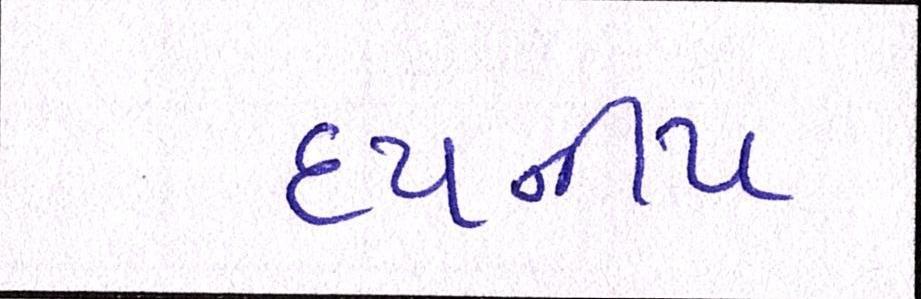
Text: દયનીય